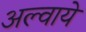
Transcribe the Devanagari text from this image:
अल्वाये